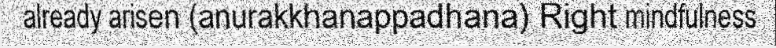
already arisen (anurakkhanappadhana) Right mindfulness